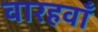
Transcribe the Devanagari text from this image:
वारहवाँ